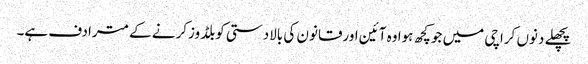
پچھلے دنوں کراچی میں جوکچھ ہوا وہ آئین اورقانون کی بالادستی کوبلڈوزکرنے کے مترادف ہے۔